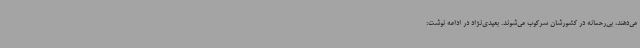
می‌دهند، بی‌رحمانه در کشورشان سرکوب می‌شوند. بعیدی‌نژاد در ادامه نوشت: